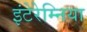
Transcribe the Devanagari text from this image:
इंटेरेम्निया